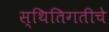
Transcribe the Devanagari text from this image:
स्थितिगतीचे